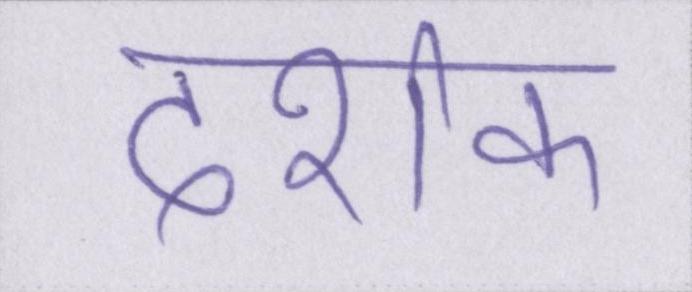
दर्शक